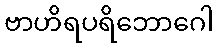
ဗာဟိရပရိဘောဂေါ